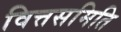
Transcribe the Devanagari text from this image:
वित्तसमिति